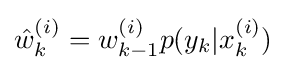
{\hat {w}}_{k}^{(i)}=w_{k-1}^{(i)}p(y_{k}|x_{k}^{(i)})